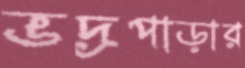
ভদ্রপাড়ার